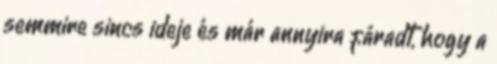
semmire sincs ideje és már annyira fáradt, hogy a